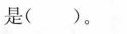
是()。